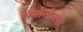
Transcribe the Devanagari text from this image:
सॅपोनीनचा